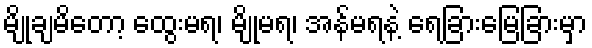
မျိုချမိတော့ ထွေးမရ၊ မျိုမရ၊ အန်မရနဲ့ ရေခြားမြေခြားမှာ